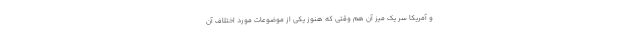
و آمریکا سر یک میز آن هم وقتی که هنوز یکی از موضوعات مورد اختلاف آن